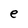
Character: e